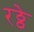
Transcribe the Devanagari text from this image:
रठ्ठे